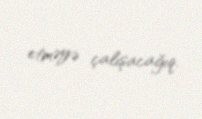
etməyə çalışacağıq.